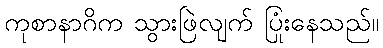
ကုစာနာဂိက သွားဖြဲလျက် ပြုံးနေသည်။